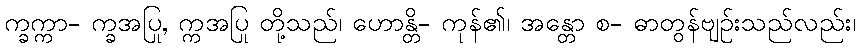
က္ခက္ကာ- က္ခအပြု, က္ကအပြု တို့သည်၊ ဟောန္တိ- ကုန်၏၊ အန္တော စ- ဓာတွန်ဗျဉ်းသည်လည်း၊